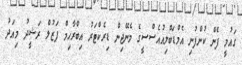
ގައުމީ ފެން ކުންފުނި އެމްޑަބްލިއުއެސްސީގެ މެނޭޖިން ޑިރެކްޓަރު އިބްރާހިމް ފަޒުލް ރަޝީދު މިއަދު